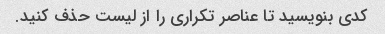
کدی بنویسید تا عناصر تکراری را از لیست حذف کنید.